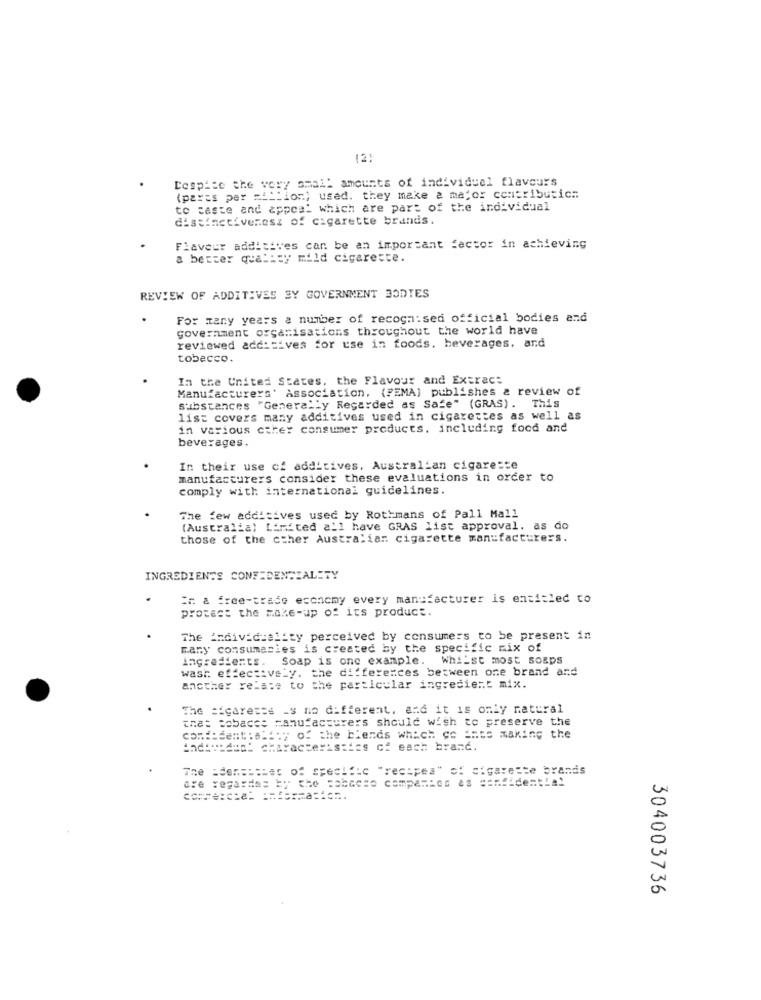
12:
Despite the very small amounts of individuel flaveurs
(parts per =illion) used. they make a major contributic.
to caste and appeal which are part of the individual
distinctiveness of cigarette brands.
Flavour additives can be an important factor in achieving
a better quality mild cigarette.
REVIEW OF ADDITIVES SY GOVERNMENT BODIES
For many years a number of recognised official bodies and
government organisations throughout the world have
reviewed additives for use in foods. beverages, and
tobecco.
In the United States, the Flavour and Extract
Manufacturers' Association. (FEMA) publishes & review of
Substances "Generally Regarded as Safe" (GRAS). This
list covers many additives used in cigarettes as well as
in various other consumer products. including food and
beverages .
In their use of additives, Australian cigaresce
manufacturers consider these evaluations in order to
comply with international guidelines.
The few additives used by Rothmans of Pall Mall
(Australia) Limited all have GRAS list approval. as do
those of the cther Australian cigarette manufacturers.
INGREDIENTS CONFIDENTIALITY
Ir a free-trade economy every manufacturer is entitled to
protect the make-up of its product.
The individuality perceived by consumers to be present in
many consumasies is created by the specific mix of
ingredients .
Soap is one example. Whilst most soaps
wash effectively. the differences between one brand and
another relate to the particular ingredient mix.
The =cares=s _s no different, and it is only natural
that Bobacce manufacturers should wish to preserve the
com :: sent :ality of the blends which co inte making the
ctoAtt: characteristics of each brand.
The :den === set of specific "recipes" of cigarette brands
are regardes by the tobacco companies as confidential
304003736